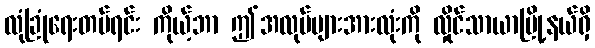
လုံခြုံရေးတပ်ရင်း ကိုယ့်ဘာ ဤအလုပ်များအားလုံးကို လှိုင်သာယာမြို့နယ်ရှိ